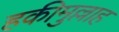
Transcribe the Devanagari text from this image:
हकीमुल्लाह